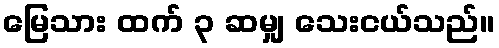
မြေသား ထက် ၃ ဆမျှ သေးငယ်သည်။